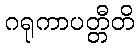
ဂရုကာပတ္တီတိ